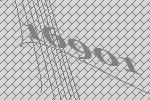
16901